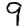
Digit: 9